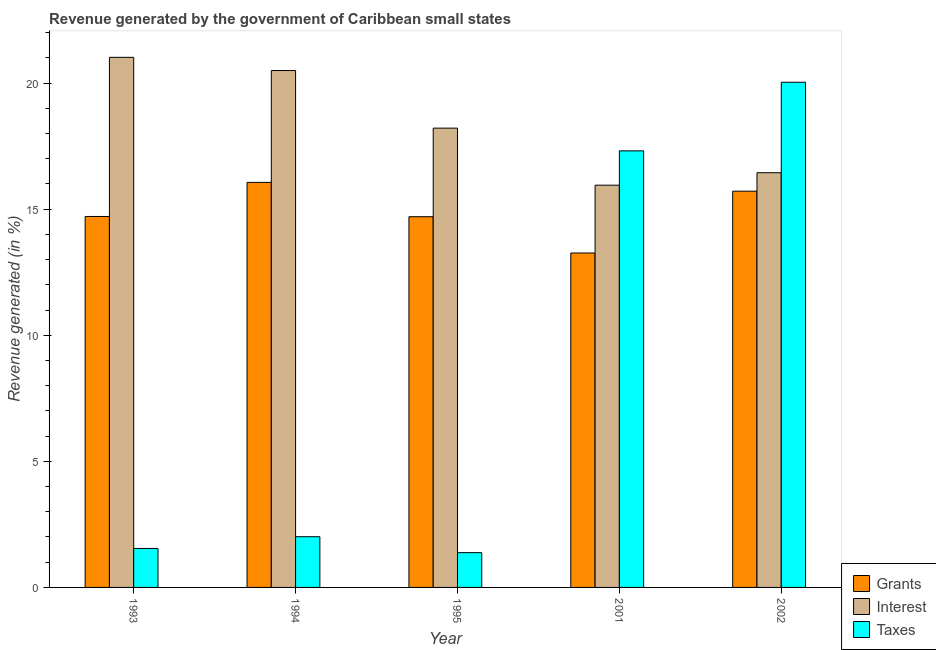
| Year | Grants | Interest | Taxes |
 | --- | --- | --- | --- |
 | 1993 | 14.7 | 21 | 1.55 |
 | 1994 | 16.1 | 20.5 | 2.01 |
 | 1995 | 14.7 | 18.2 | 1.38 |
 | 2001 | 13.3 | 16 | 17.3 |
 | 2002 | 15.7 | 16.4 | 20 |